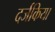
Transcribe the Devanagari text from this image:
दर्जकिया